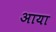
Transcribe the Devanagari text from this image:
अाया